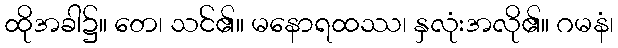
ထိုအခါ၌။ တေ၊ သင်၏။ မနောရထဿ၊ နှလုံးအလို၏။ ဂမနံ၊